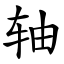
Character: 轴